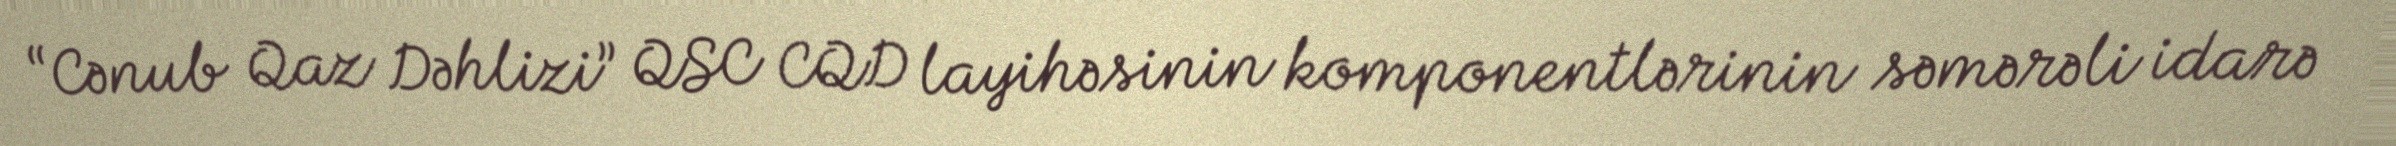
“Cənub Qaz Dəhlizi” QSC CQD layihəsinin komponentlərinin səmərəli idarə